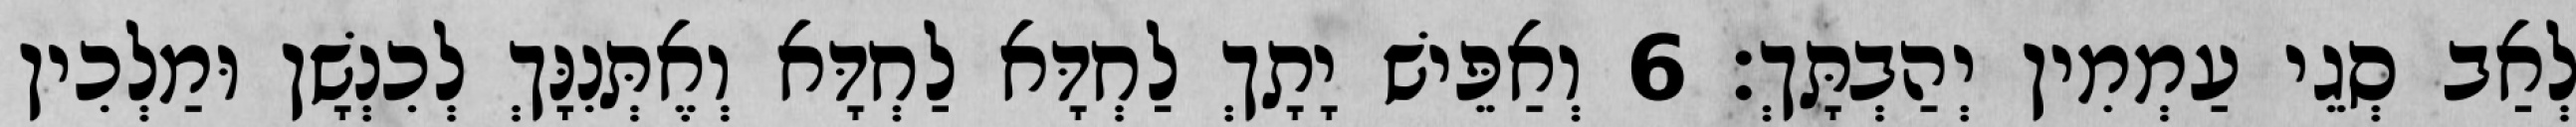
לְאַב סְגֵי עַמְמִין יְהַבְתָּךְ׃ 6 וְאַפֵּישׁ יָתָךְ לַחְדָּא לַחְדָּא וְאֶתְּנִנָּךְ לְכִנְשָׁן וּמַלְכִין